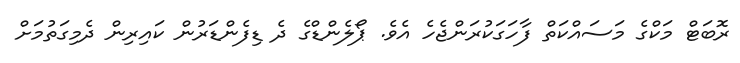
ރޮބަޓް މަކްގެ މަސައްކަތް ފާހަގަކުރަންޖެހެ އެވެ. ޕޯލެންޑްގެ ދެ ޑިފެންޑަރުން ކައިރިން ދެމިގަތުމަށް